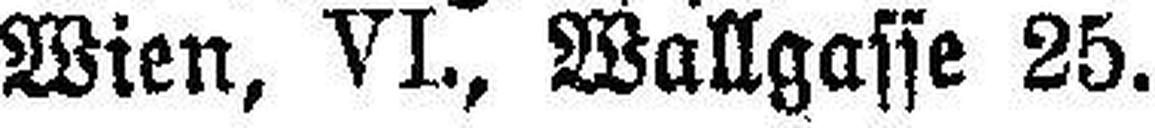
Wien, VI., Wallgasse 25.